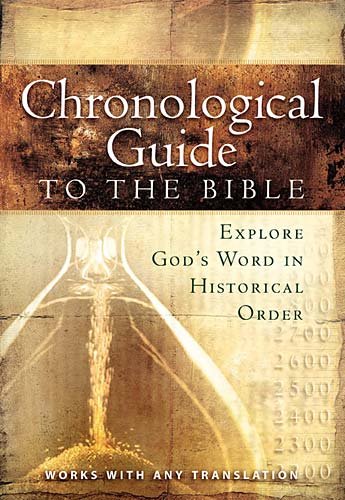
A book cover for The Chronological Guide to the Bible: Explore God's Word in Historical Order; Thomas Nelson; Christian Books & Bibles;